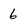
Character: 6